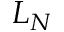
L _ { N }